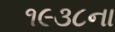
૧૯૩૮ના